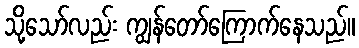
သို့သော်လည်း ကျွန်တော်ကြောက်နေသည်။